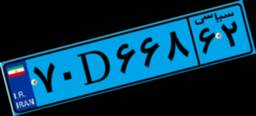
۷۰D۶۶۸۶۲